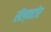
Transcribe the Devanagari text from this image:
सॅल्वाटोर